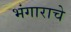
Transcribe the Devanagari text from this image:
भंगाराचे